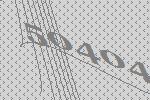
50404